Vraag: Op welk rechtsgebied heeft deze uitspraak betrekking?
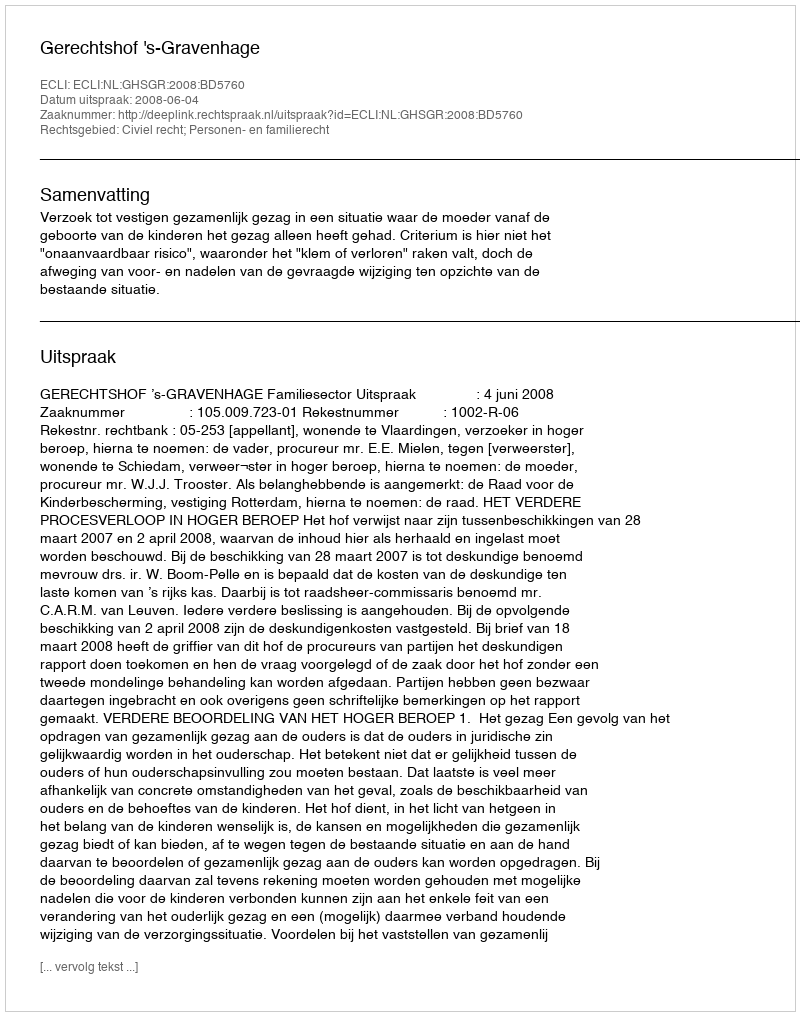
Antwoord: Civiel recht; Personen- en familierecht